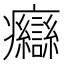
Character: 𤼙